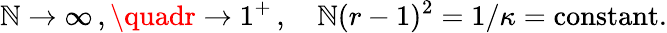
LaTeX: \mathbb{N}\rightarrow\infty\, ,\quadr\rightarrow1^{+}\, ,\quad\mathbb{N}(r-1)^{2}=1/\kappa=\mathrm{{constant}}.